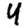
Digit: 4